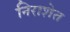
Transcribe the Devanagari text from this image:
निराशेत